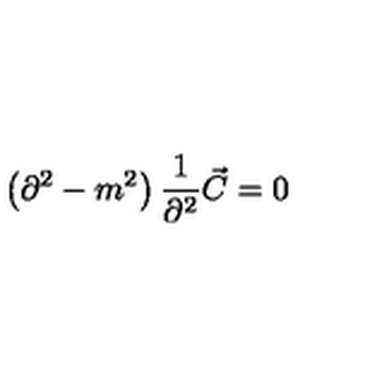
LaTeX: \left( \partial ^ { 2 } - m ^ { 2 } \right) { \frac { 1 } { \partial ^ { 2 } } } \vec { C } = 0